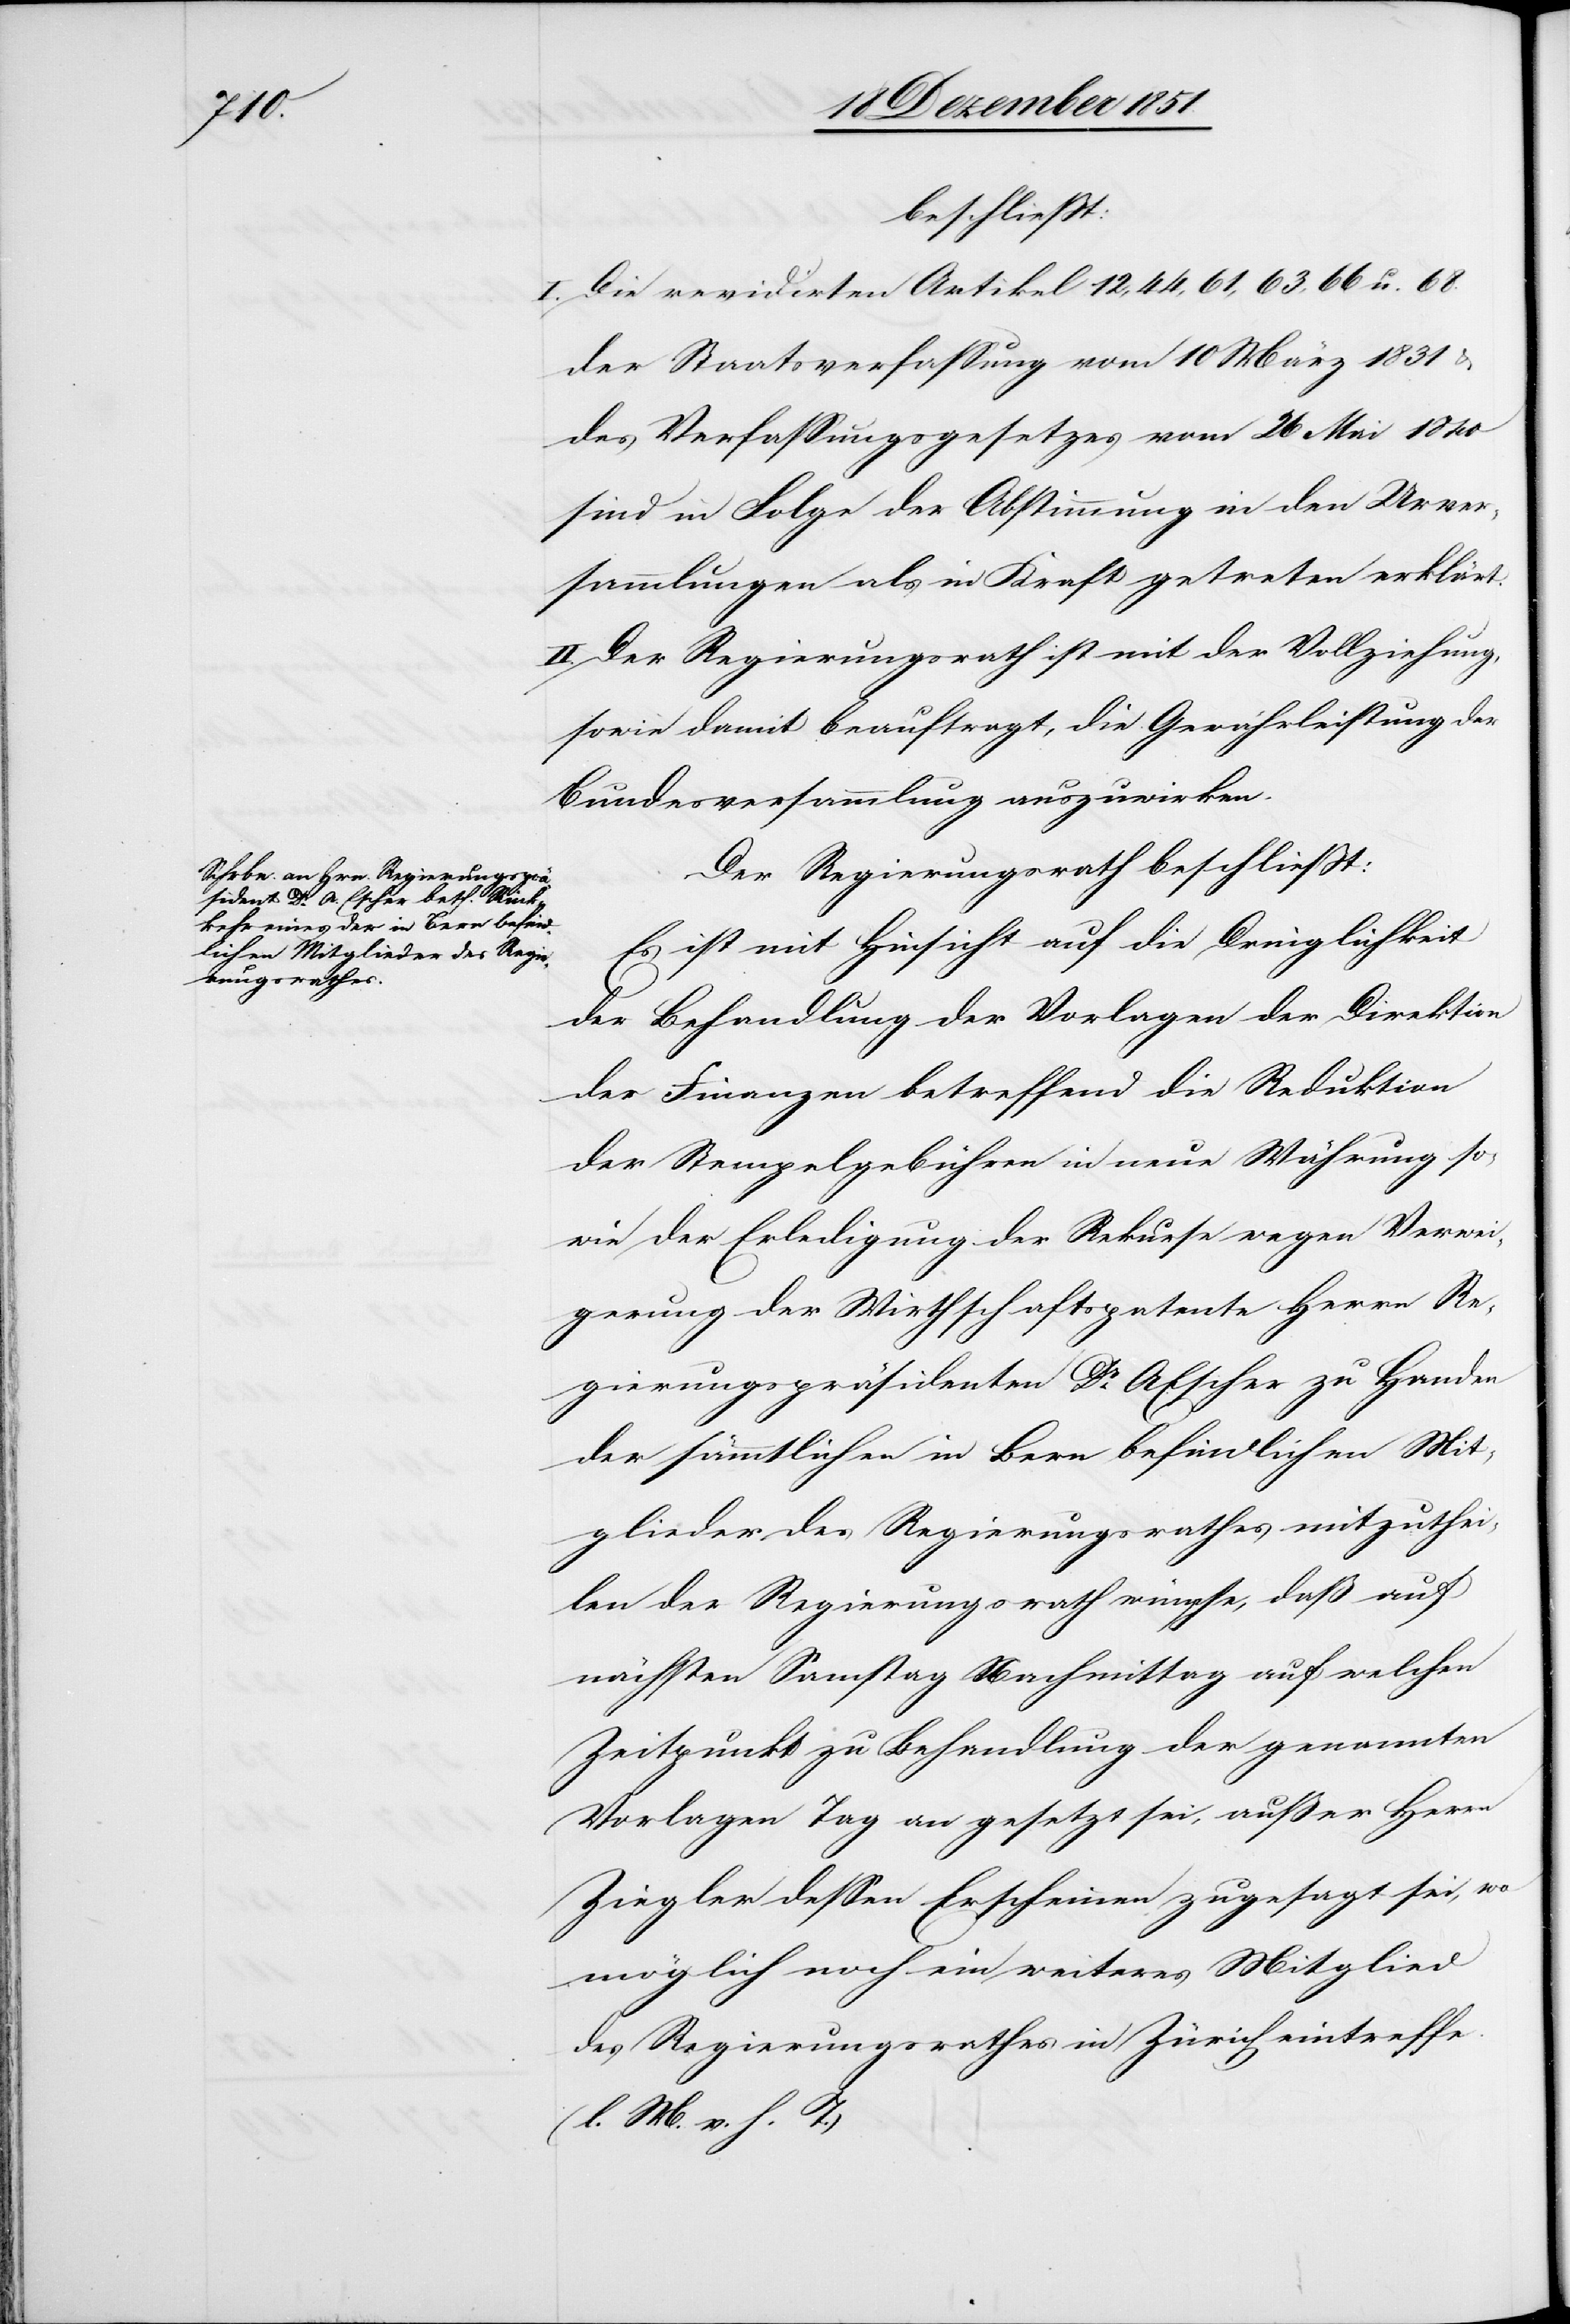
beschließt:
I. Die revidirten Artikel 12, 44, 61, 63, 66 u. 68.
der Staatsverfassung vom 10 März 1831
des Verfassungsgesetzes vom 26 Mai 1840
sind in Folge der Abstimmung in den Urver¬
sammlungen als in Kraft getreten erklärt.
II. Der Regierungsrath ist mit der Vollziehung,
sowie damit beauftragt, die Gewährleistung der
Bundesversammlung auszuwirken.
Der Regierungsrath beschließt:
Es ist mit Hinsicht auf die Dringlichkeit
der Behandlung der Vorlagen der Direktion
der Finanzen betreffend die Reduktion
der Stempelgebühren in neue Währung so¬
wie der Erledigung der Rekurse wegen Verwei¬
gerung der Wirthschaftspatente Herrn Re¬
gierungspräsidenten Dr. A. Escher zu Handen
der sämmtlichen in Bern befindlichen Mit¬
glieder des Regierungsrathes mitzuthei¬
len der Regierungsrath wünsche, daß auf
nächsten Samstag Nachmittag auf welchen
Zeitpunkt zu Behandlung der genannten
Vorlagen Tag an gesetzt sei, außer Herrn
Ziegler dessen Erscheinen zugesagt sei, wo
möglich noch ein weiteres Mitglied
des Regierungsrathes in Zürich eintreffe.
(l. M. v. h. T.)